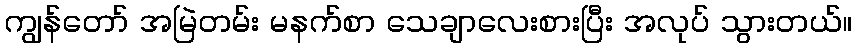
ကျွန်တော် အမြဲတမ်း မနက်စာ သေချာလေးစားပြီး အလုပ် သွားတယ်။